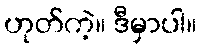
ဟုတ်ကဲ့။ ဒီမှာပါ။